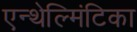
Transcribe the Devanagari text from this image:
एन्थेल्मिंटिका